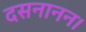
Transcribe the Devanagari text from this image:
दसनानन।